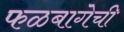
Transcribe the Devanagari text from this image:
फळबागेची